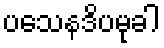
ပသေနဒိပမုခါ